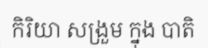
កិរិយា សង្រួម ក្នុង បាតិ